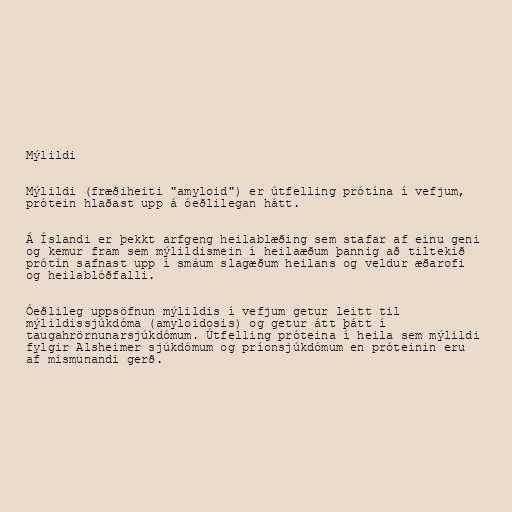
Mýlildi

Mýlildi (fræðiheiti "amyloid") er útfelling prótína í vefjum,
prótein hlaðast upp á óeðlilegan hátt.

Á Íslandi er þekkt arfgeng heilablæðing sem stafar af einu geni
og kemur fram sem mýlildismein í heilaæðum þannig að tiltekið
prótín safnast upp í smáum slagæðum heilans og veldur æðarofi
og heilablóðfalli.

Óeðlileg uppsöfnun mýlildis í vefjum getur leitt til
mýlildissjúkdóma (amyloidosis) og getur átt þátt í
taugahrörnunarsjúkdómum. Útfelling próteina í heila sem mýlildi
fylgir Alsheimer sjúkdómum og príonsjúkdómum en próteinin eru
af mismunandi gerð.